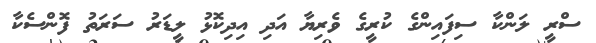
ސްރީ ލަންކާ ސިފައިންގެ ކުރީގެ ވެރިޔާ އަދި އިދިކޮޅު ލީޑަރު ސަރަތު ފޮންސެކާ